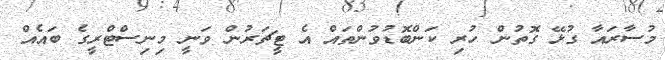
މުސާރައާ ގުޅޭ ގޮތުން ހުރި ކަންބޮޑުވުންތައް އެ ޓީޗަރުން ވަނީ މިނިސްޓްރީގެ ބައެއް